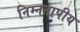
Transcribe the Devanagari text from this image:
निम्नतापीय